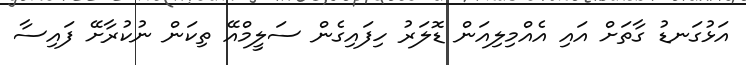
އަޅުގަނޑު ގާތަށް އައި އެއްމިލިއަން ޑޮލަރު ހިފައިގެން ސަލީމްއޭ ތިކަން ނުކުރާށޭ ފައިސާ